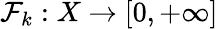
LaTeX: \mathcal{F}_{k}:X\to[0,+\infty]